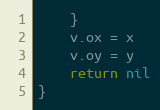
Language: Go
	}
	v.ox = x
	v.oy = y
	return nil
}